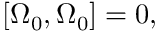
\left[ \Omega _ { 0 } , \Omega _ { 0 } \right] = 0 ,